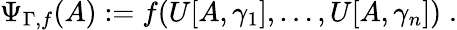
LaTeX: \Psi_{\Gamma,f}(A):=f(U[A,\gamma_{1}],\ldots,U[A,\gamma_{n}])\; .